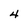
Character: 4